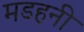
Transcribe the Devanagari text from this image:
मडहनी